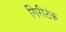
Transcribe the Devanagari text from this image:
गिरीटंक